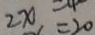
2 x = 2 0